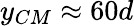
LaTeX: y_{CM}\approx 60d